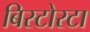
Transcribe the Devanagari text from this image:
बिस्टोरटा